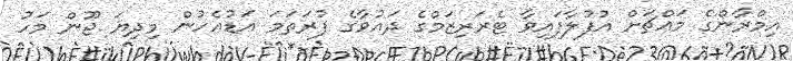
އިމްރާންގެ މައްޗަށް އުފުލާފައިވާ ޓެރަރިޒަމްގެ ދައުވާގެ ފުރަތަމަ އަޑުއެހުން މިދިޔަ ޖޫން މަހު